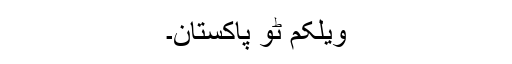
ویلکم ٹو پاکستان۔